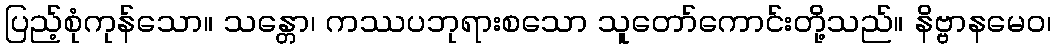
ပြည့်စုံကုန်သော။ သန္တော၊ ကဿပဘုရားစသော သူတော်ကောင်းတို့သည်။ နိဗ္ဗာနမေဝ၊